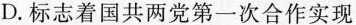
D.标志着国共两党第一次合作实现